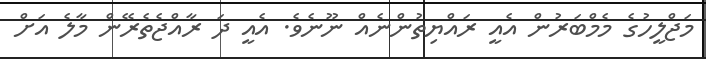
މަޖްލީހުގެ މެމްބަރުން އެއީ ރައްޔިތުންނެެއް ނޫނެވެ. އެއީ ދަ ރާއްޖެތެރޭން މާލެ އަށް